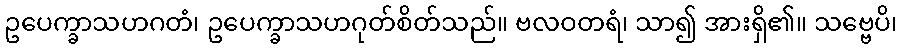
ဥပေက္ခာသဟဂတံ၊ ဥပေက္ခာသဟဂုတ်စိတ်သည်။ ဗလဝတရံ၊ သာ၍ အားရှိ၏။ သဗ္ဗေပိ၊